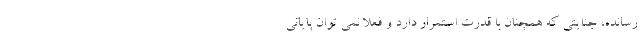
رسانده، جنایتی که همچنان با قدرت استمرار دارد و فعلا نمی توان پایانی